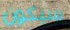
سيكون